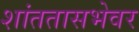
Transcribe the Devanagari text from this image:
शांततासभेवर